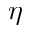
\eta